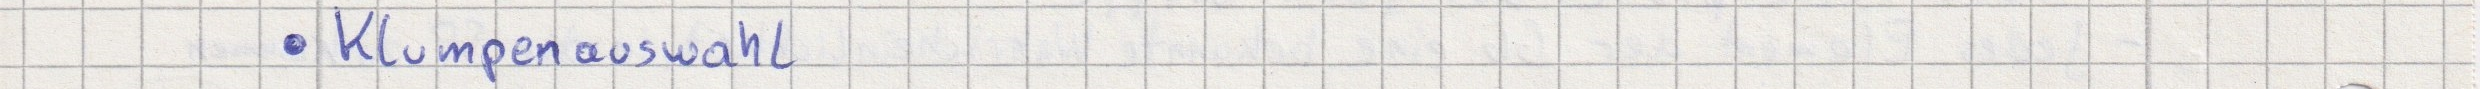
- Klumpenauswahl